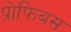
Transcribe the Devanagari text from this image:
प्रोफिबस